Indian journal of veterinary science and animal husbandry - Volume 6,
Year: 1936
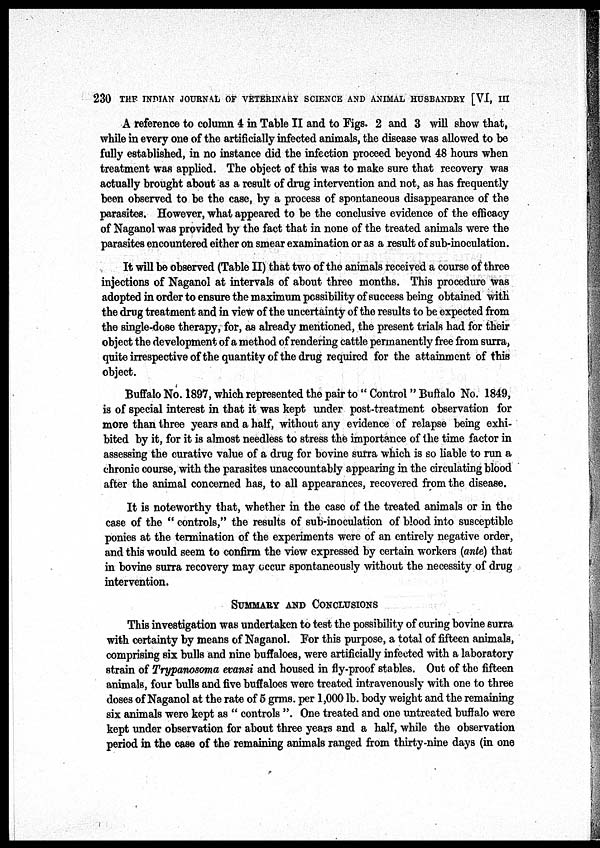
230 THE INDIAN JOURNAL OF VETERINARY SCIENCE AND ANIMAL HUSBANDRY [VI, III
A reference to column 4 in Table II and to Figs. 2 and 3 will show that,
while in every one of the artificially infected animals, the disease was allowed to be
fully established, in no instance did the infection proceed beyond 48 hours when
treatment was applied. The object of this was to make sure that recovery was
actually brought about as a result of drug intervention and not, as has frequently
been observed to be the case, by a process of spontaneous disappearance of the
parasites. However, what appeared to be the conclusive evidence of the efficacy
of Naganol was provided by the fact that in none of the treated animals were the
parasites encountered either on smear examination or as a result of sub-inoculation.
It will be observed (Table II) that two of the animals received a course of three
injections of Naganol at intervals of about three months. This procedure was
adopted in order to ensure the maximum possibility of success being obtained with
the drug treatment and in view of the uncertainty of the results to be expected from
the single-dose therapy, for, as already mentioned, the present trials had for their
object the development of a method of rendering cattle permanently free from surra,
quite irrespective of the quantity of the drug required for the attainment of this
object.
Buffalo No. 1897, which represented the pair to " Control " Buffalo No. 1849,
is of special interest in that it was kept under post-treatment observation for
more than three years and a half, without any evidence of relapse being exhi-
bited by it, for it is almost needless to stress the importance of the time factor in
assessing the curative value of a drug for bovine surra which is so liable to run a
chronic course, with the parasites unaccountably appearing in the circulating blood
after the animal concerned has, to all appearances, recovered from the disease.
It is noteworthy that, whether in the case of the treated animals or in the
case of the " controls," the results of sub-inoculation of blood into susceptible
ponies at the termination of the experiments were of an entirely negative order,
and this would seem to confirm the view expressed by certain workers (ante) that
in bovine surra recovery may occur spontaneously without the necessity of drug
intervention.
SUMMARY AND CONCLUSIONS
This investigation was undertaken to test the possibility of curing bovine surra
with certainty by means of Naganol. For this purpose, a total of fifteen animals,
comprising six bulls and nine buffaloes, were artificially infected with a laboratory
strain of Trypanosoma evansi and housed in fly-proof stables. Out of the fifteen
animals, four bulls and five buffaloes were treated intravenously with one to three
doses of Naganol at the rate of 5 grms. per 1,000 lb. body weight and the remaining
six animals were kept as " controls ". One treated and one untreated buffalo were
kept under observation for about three years and a half, while the observation
period in the case of the remaining animals ranged from thirty-nine days (in one